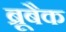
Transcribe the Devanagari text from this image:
ब्रूबैक